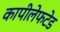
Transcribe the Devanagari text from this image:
कापीलेफटेड